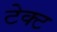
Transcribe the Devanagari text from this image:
टेक्ट